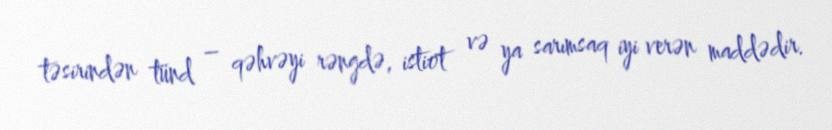
təsirindən tünd – qəhvəyi rəngdə, istiot və ya sarımsaq iyi verən maddədir.